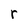
Character: r